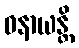
ဓနာယန္တိ